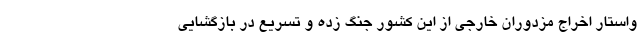
واستار اخراج مزدوران خارجی از این کشور جنگ زده و تسریع در بازگشایی